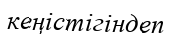
кеңістігіндеп